Scientific memoirs by medical officers of the Army of India - Part III,
Year: 1887
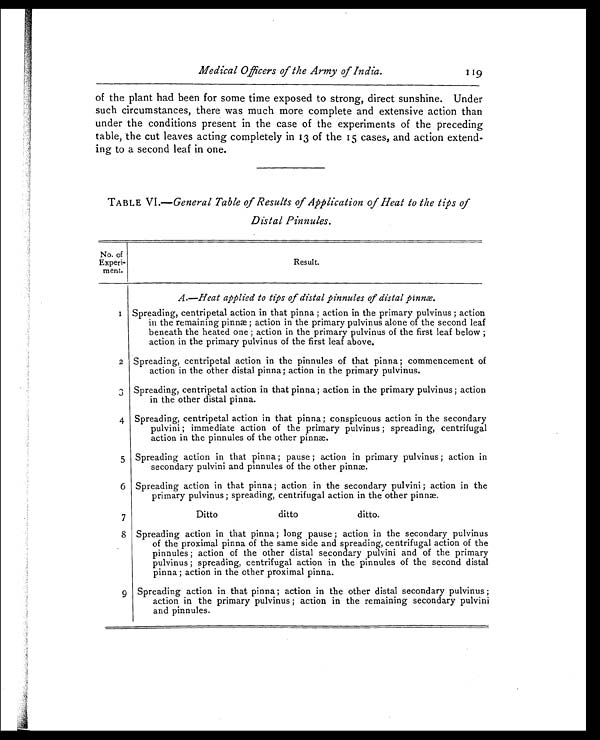
Medical Officers of the Army of India .
119
of the plant had been for some time exposed to strong, direct sunshine. Under
such circumstances, there was much more complete and extensive action than
under the conditions present in the case of the experiments of the preceding
table, the cut leaves acting completely in 13 of the 15 cases, and action extend
- i n g t o a s e c o n d l e a f i n o n e .
TABLE VI.— General Table of Results of Application of Heat to the tips of
Distal Pinnules.
No. of
Experi -
ment.
Resul t.
A.—Heat applied to tips of distal pinnules of distal pinnæ.
1 Spreading, centripetal action in that pinna ; action in the primary pulvinus ; action
in the remaining pinnæ ; action in the primary pulvinus alone of the second leaf
beneath the heated one ; action in the primary pulvinus of the first leaf below ;
action in the primary pulvinus of the first leaf above.
2 Spreading, centripetal action in the pinnules of that pinna ; commencement of
action in the other distal pinna; action in the primary pulvinus.
3 Spreading, centripetal action in that pinna ; action in the primary pulvinus ; action
in the other distal pinna.
4 Spreading, centripetal action in that pinna ; conspicuous action in the secondary
pulvini ; immediate action of the primary pulvinus ; spreading, centrifugal
action in the pinnules of the other pinn.
5 Spreading action in that pinna ; pause ; action in primary pulvinus ; action in
secondary pulvini and pinnules of the other pinn.
6 Spreading action in that pinna ; action in the secondary pulvini ; action in the
primary pulvinus ; spreading, centrifugal action in the other pinnæ.
7
Ditto
ditto
ditto.
8 Spreading action in that pinna ; long pause ; action in the secondary pulvinus
of the proximal pinna of the same side and spreading, centrifugal action of the
pinnules ; action of the other distal secondary pulvini and of the primary
pulvinus ; spreading, centrifugal action in the pinnules of the second distal
pinna ; action in the other proximal pinna.
9 Spreading action in that pinna ; action in the other distal secondary pulvinus ;
action in the primary pulvinus ; action in the remaining secondary pulvini
and pinnules.